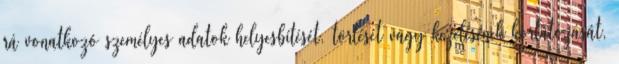
rá vonatkozó személyes adatok helyesbítését, törlését vagy kezelésének korlátozását,